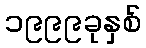
၁၉၉၉ခုနှစ်